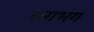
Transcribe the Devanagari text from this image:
सगभग